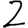
Digit: 2